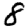
Digit: 8